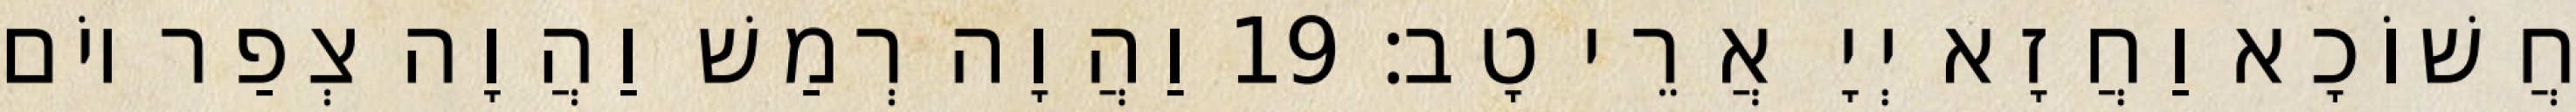
חֲשׁוֹכָא וַחֲזָא יְיָ אֲרֵי טָב׃ 19 וַהֲוָה רְמַשׁ וַהֲוָה צְפַר יוֹם